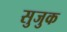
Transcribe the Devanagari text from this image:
सुजुक